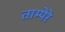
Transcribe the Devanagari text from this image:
ताम्पेरे